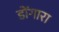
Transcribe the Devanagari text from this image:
डोंगारा